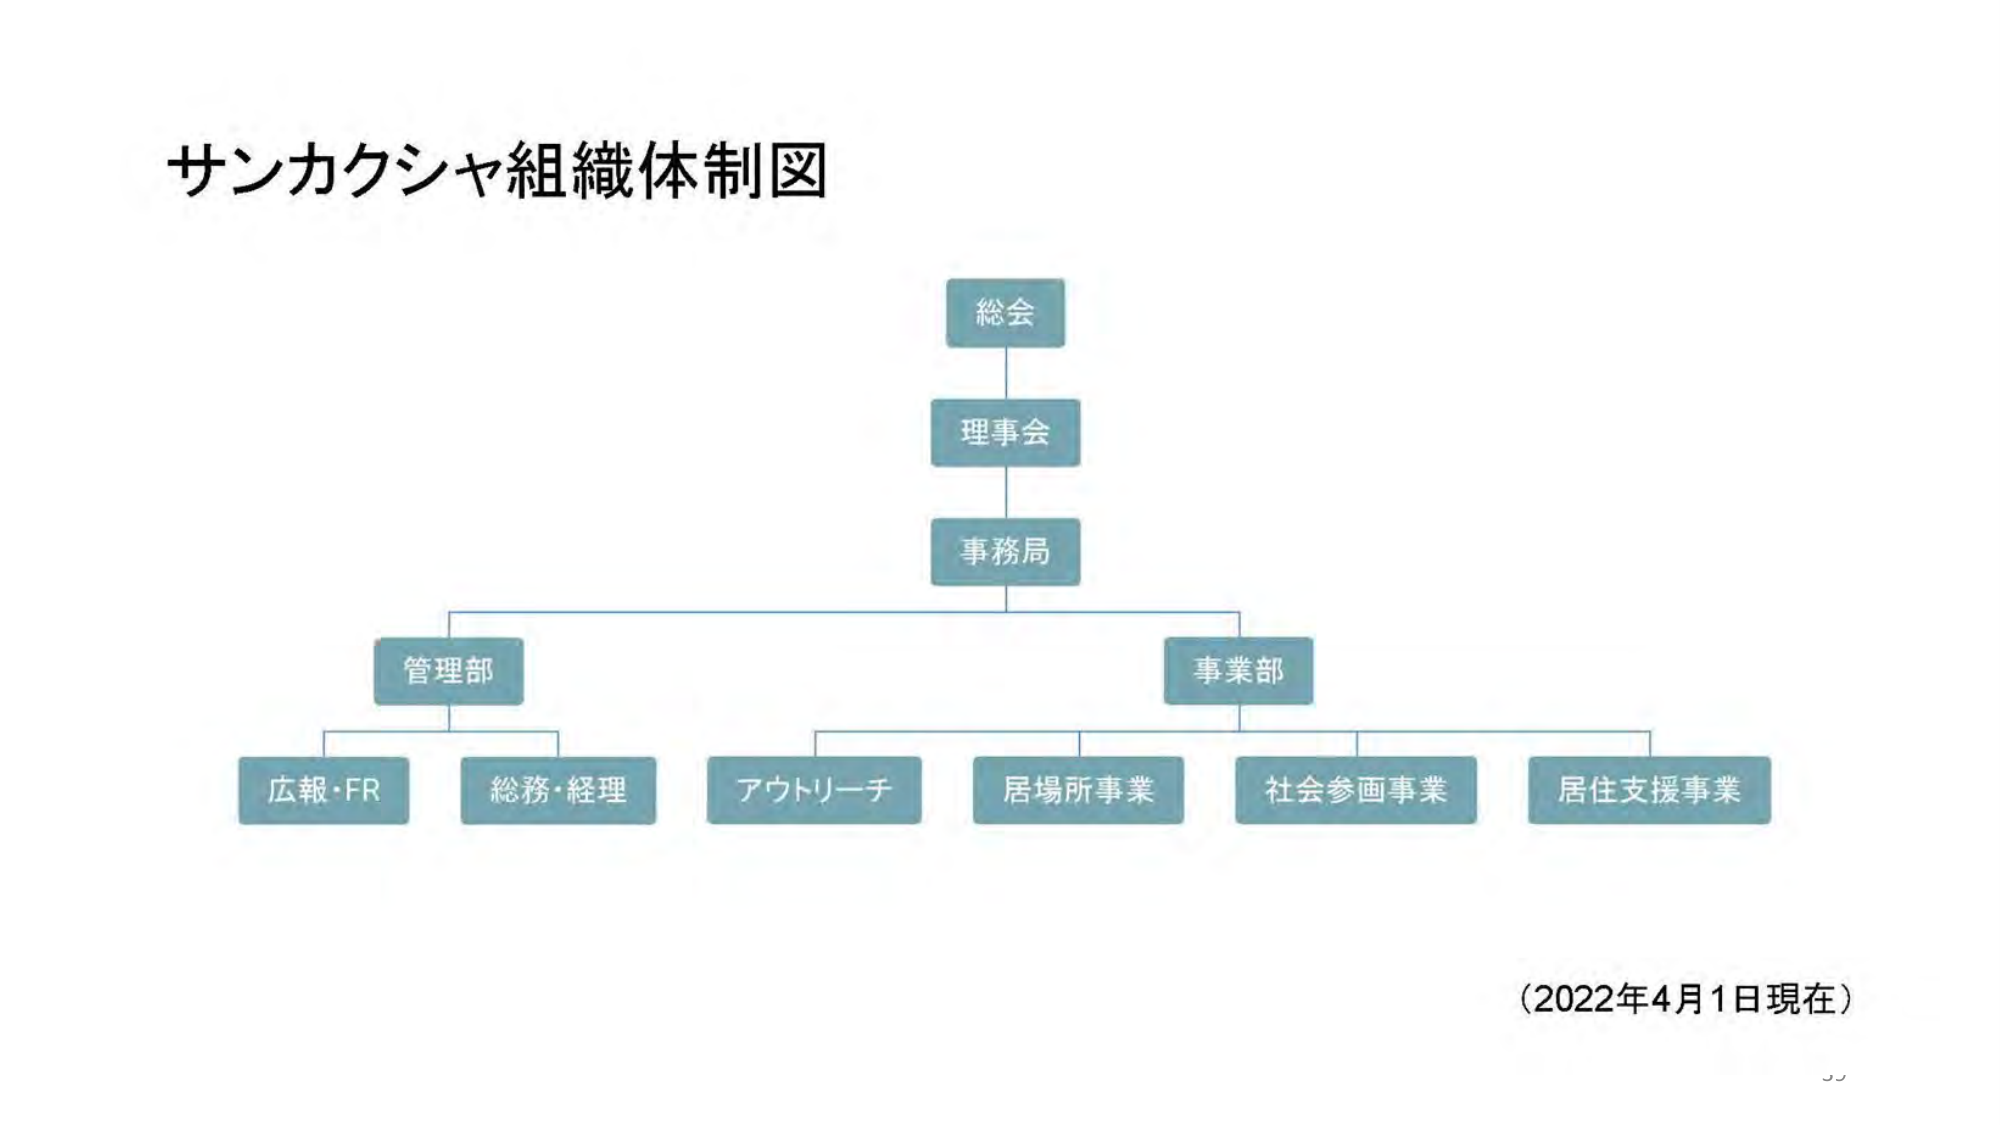
サンカクシヤ組織体制図

総会
理事会
事務局

管理部
広報・FR
総務・経理

事業部
アウトリーチ
居場所事業
社会参画事業
居住支援事業

（2022年4月1日現在）